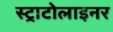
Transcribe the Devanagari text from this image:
स्ट्राटोलाइनर